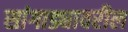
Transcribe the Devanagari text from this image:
सांगाड्यावरील